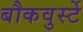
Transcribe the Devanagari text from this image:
बौकवुर्स्टे